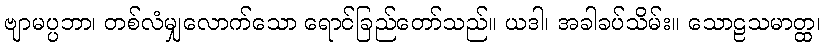
ဗျာမပ္ပဘာ၊ တစ်လံမျှလောက်သော ရောင်ခြည်တော်သည်။ ယဒါ၊ အခါခပ်သိမ်း။ သောဠသမာတ္ထ၊